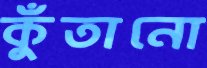
কুঁতানো